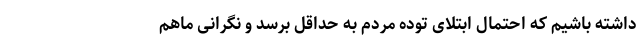
داشته باشیم که احتمال ابتلای توده مردم به حداقل برسد و نگرانی ماهم